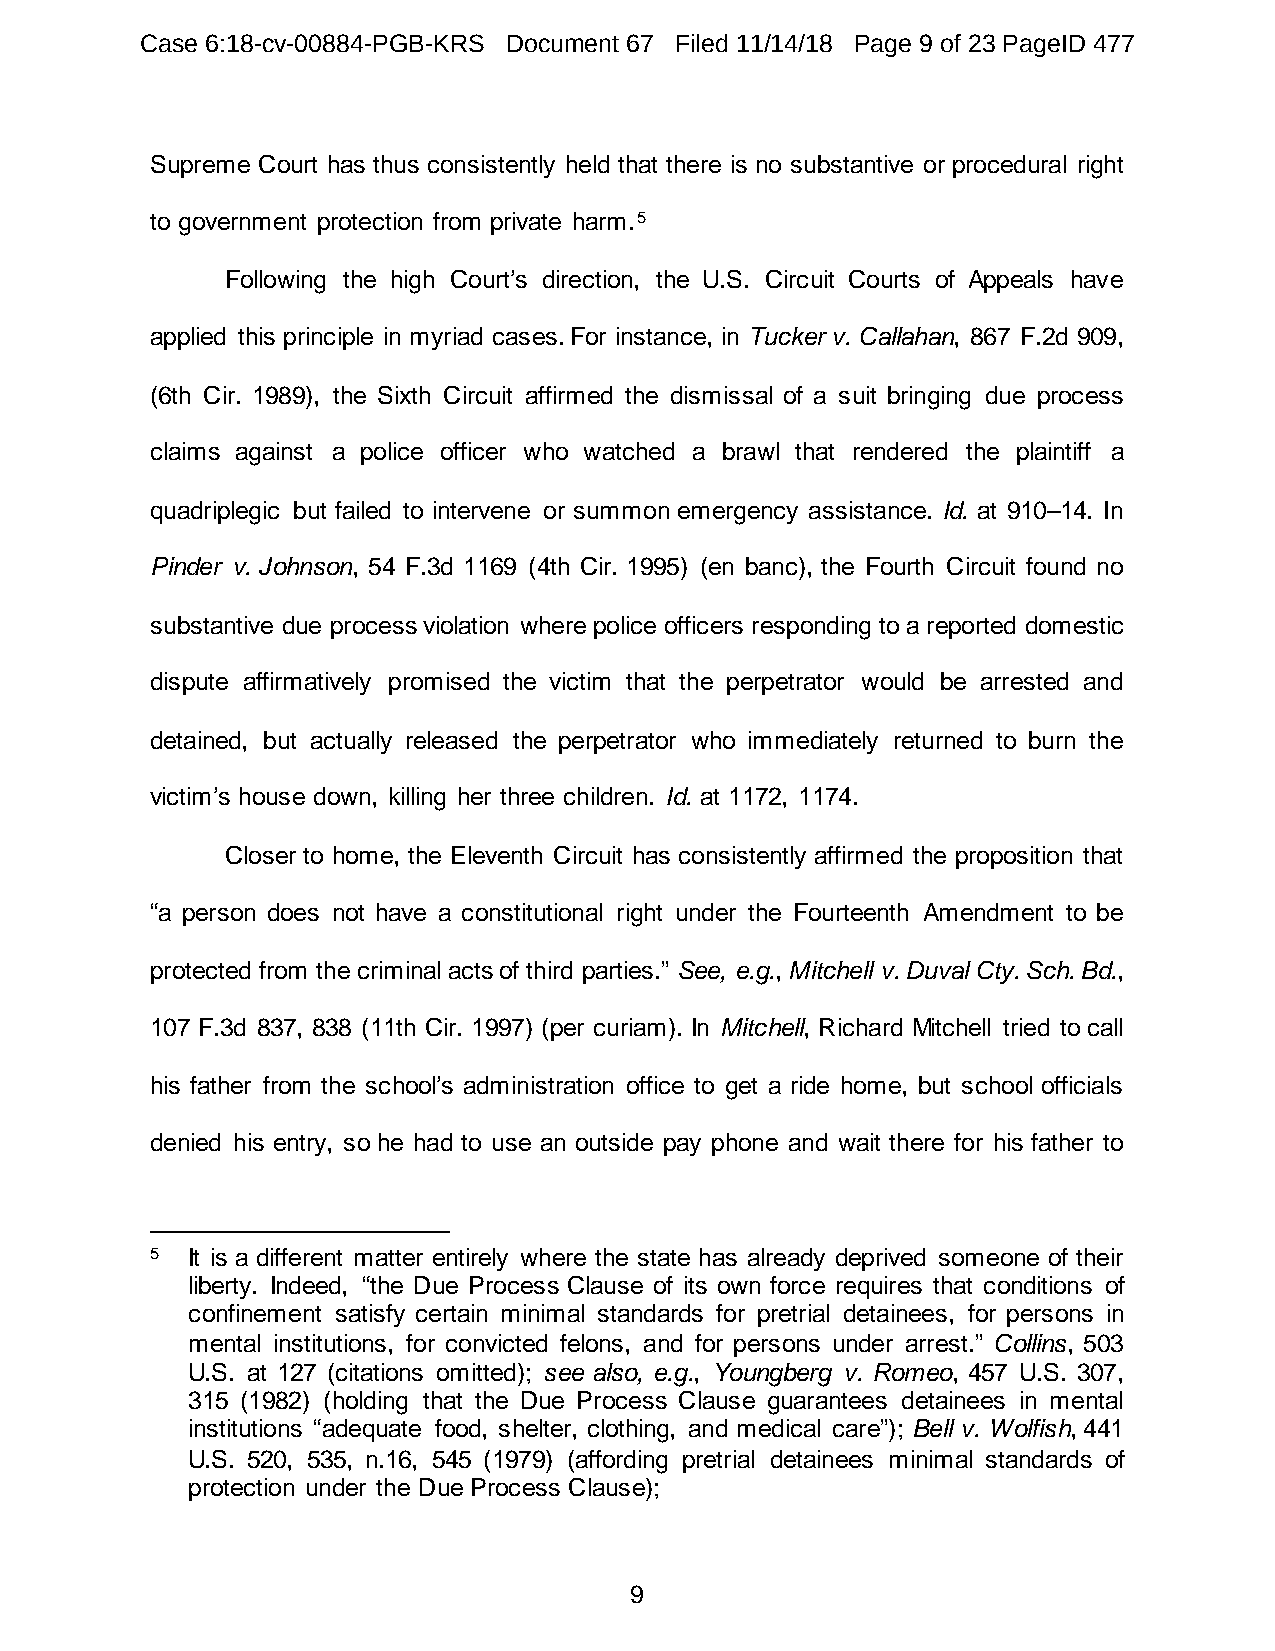
Case 6:18-cv-00884-PGB-KRS Document 67 Filed 11/14/18 Page 9 of 23 PageID 477
 Supreme Court has thus consistently held that there is no substantive or procedural right
 to government protection from private harm.5
 Following the high Court’s direction, the U.S. Circuit Courts of Appeals have
 applied this principle in myriad cases. For instance, in Tucker v. Callahan, 867 F.2d 909,
 (6th Cir. 1989), the Sixth Circuit affirmed the dismissal of a suit bringing due process
 claims against a police officer who watched a brawl that rendered the plaintiff a
 quadriplegic but failed to intervene or summon emergency assistance. Id. at 910–14. In
 Pinder v. Johnson, 54 F.3d 1169 (4th Cir. 1995) (en banc), the Fourth Circuit found no
 substantive due process violation where police officers responding to a reported domestic
 dispute affirmatively promised the victim that the perpetrator would be arrested and
 detained, but actually released the perpetrator who immediately returned to burn the
 victim’s house down, killing her three children. Id. at 1172, 1174.
 Closer to home, the Eleventh Circuit has consistently affirmed the proposition that
 “a person does not have a constitutional right under the Fourteenth Amendment to be
 protected from the criminal acts of third parties.” See, e.g., Mitchell v. Duval Cty. Sch. Bd.,
 107 F.3d 837, 838 (11th Cir. 1997) (per curiam). In Mitchell, Richard Mitchell tried to call
 his father from the school’s administration office to get a ride home, but school officials
 denied his entry, so he had to use an outside pay phone and wait there for his father to
 5 It is a different matter entirely where the state has already deprived someone of their
 liberty. Indeed, “the Due Process Clause of its own force requires that conditions of
 confinement satisfy certain minimal standards for pretrial detainees, for persons in
 mental institutions, for convicted felons, and for persons under arrest.” Collins, 503
 U.S. at 127 (citations omitted); see also, e.g., Youngberg v. Romeo, 457 U.S. 307,
 315 (1982) (holding that the Due Process Clause guarantees detainees in mental
 institutions “adequate food, shelter, clothing, and medical care”); Bell v. Wolfish, 441
 U.S. 520, 535, n.16, 545 (1979) (affording pretrial detainees minimal standards of
 protection under the Due Process Clause);
 9